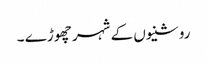
روشنیوں کے شہر چھوڑے ۔